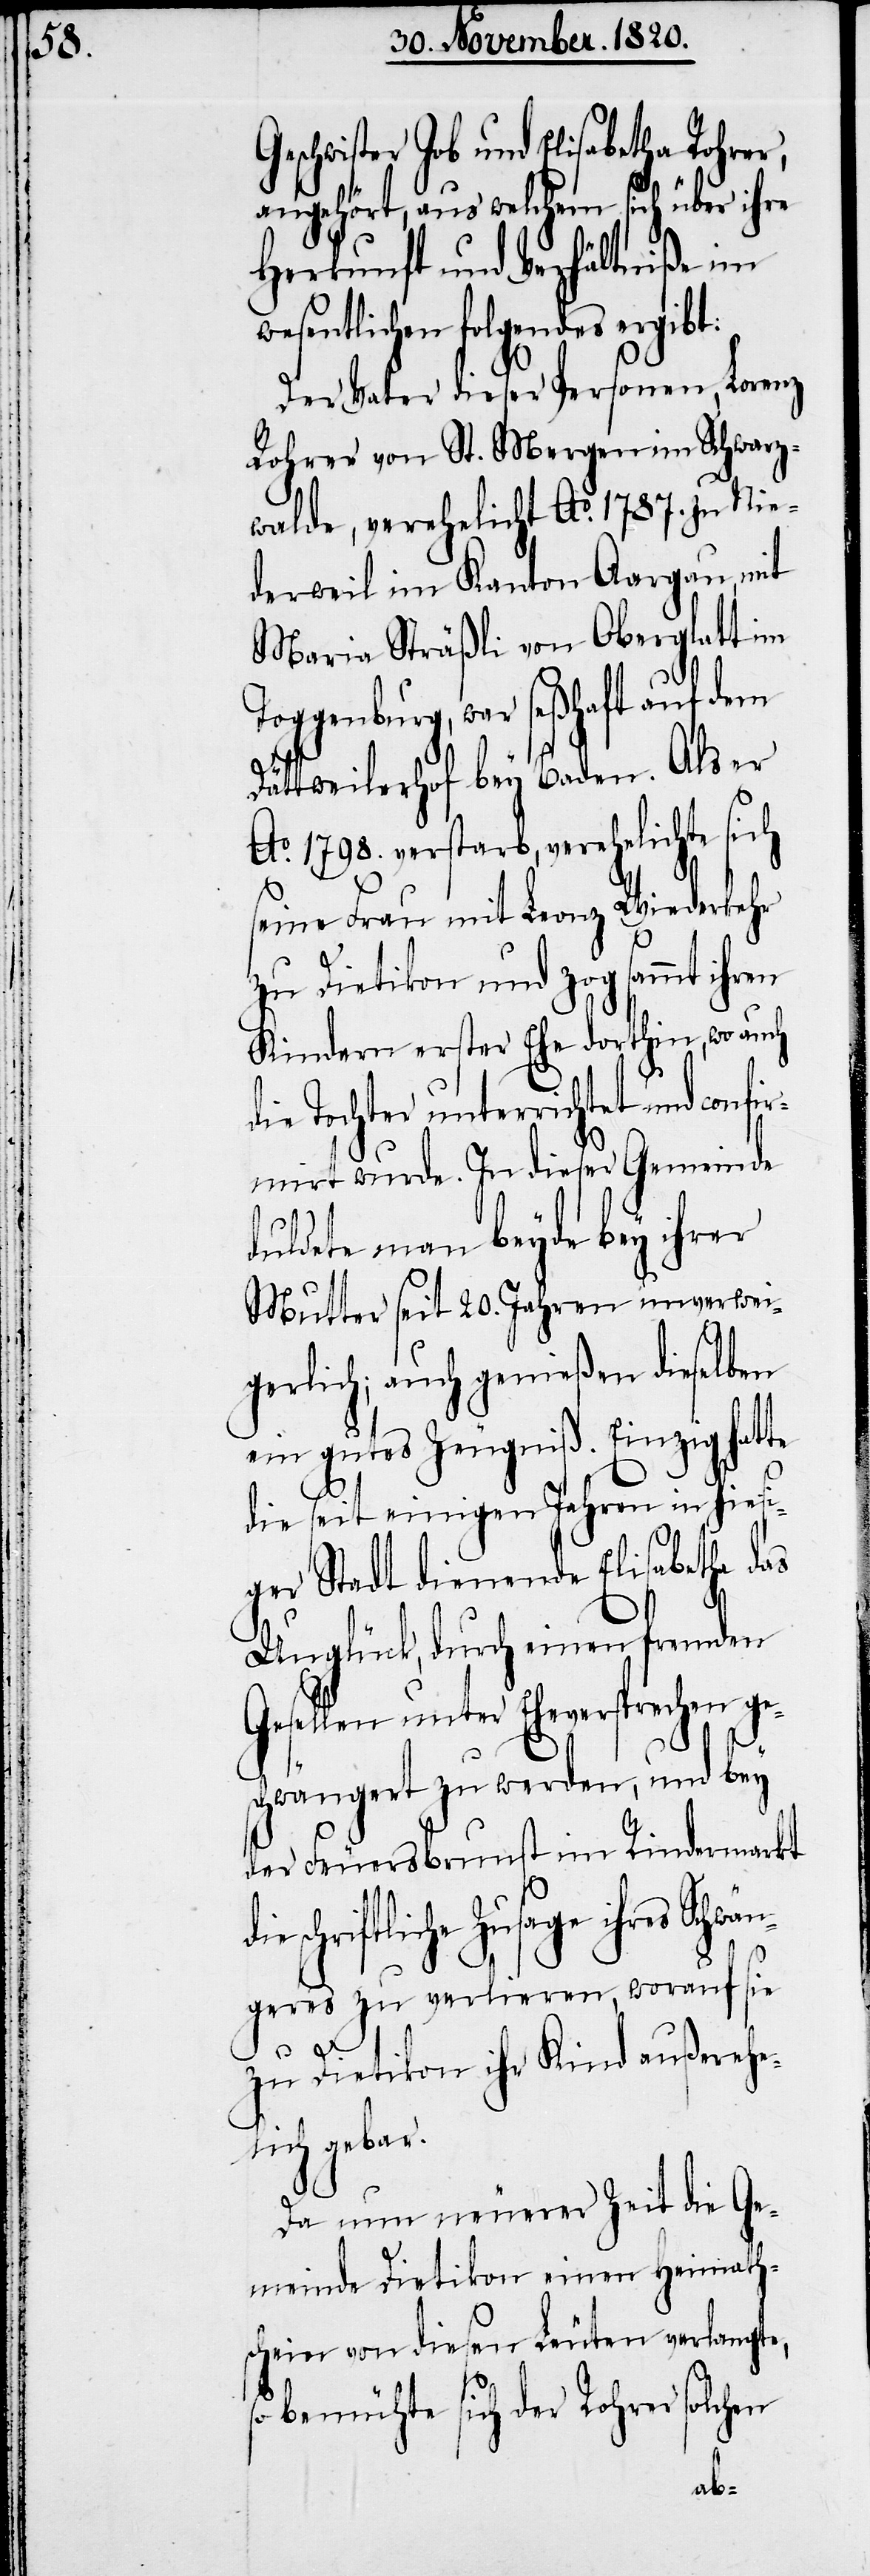
Geschwister Job und Elisabetha Rohrer,
angehört, aus welchem sich über ihre
Herkunft und Verhältniße im
wesentlichen folgendes ergibt:
Der Vater dieser Personen, Lorenz
Rohrer von St. Mergen im Schwarz¬
walde, verehelicht Ao. 1787. zu Nie¬
derweil im Kanton Aargau, mit
Maria Sträßli von Oberglatt im
Toggenburg, war seßhaft auf dem
Dättweilerhof bey Baden. Als er
Ao. 1798. verstarb, verehelichte sich
seine Frau mit Leonz Wiederkehr
e¬
zu Dietikon und zog sammt ihren
Kindern erster Ehe dorthin, wo auch
die Tochter unterrichtet und con¬
firmirt wurde. In dieser Gemeinde
duldete man beyde bey ihrer
Mutter seit 20. Jahren unverwei¬
gerlich; auch genießen dieselben
ein gutes Zeugniß. Einzig hatte
die seit einigen Jahren in hiesi¬
ger Stadt dienende Elisabetha das
Unglück, durch einen fremden
Gesellen unter Eheversprechen g¬
schwängert zu werden, und bey
der Feuersbrunst im Rindermarkt
ihres Schwän¬
geres zu verlieren, worauf sie
zu Dietikon ihr Kind außerehe¬
lich gebar.
Da nun neuerer Zeit die Ge¬
meinde Dietikon einen Heimath¬
schein von diesen Leuten verlangte,
bemühte sich der Rohrer solchen